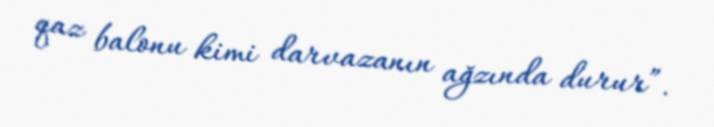
qaz balonu kimi darvazanın ağzında durur”.